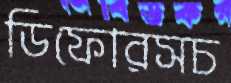
ডিফোরসচ